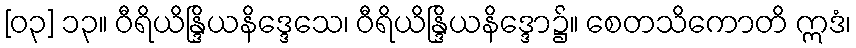
[၀၃] ၁၃။ ဝီရိယိန္ဒြိယနိဒ္ဒေသေ၊ ဝီရိယိန္ဒြိယနိဒ္ဒော၌။ စေတသိကောတိ ဣဒံ၊